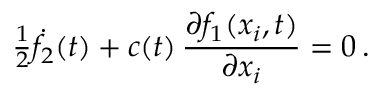
{ \textstyle \frac { 1 } { 2 } } \dot { f } _ { 2 } ( t ) + c ( t ) \, \frac { \partial f _ { 1 } ( x _ { i } , t ) } { \partial x _ { i } } = 0 \, .